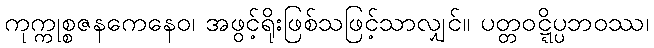
ကုက္ကုစ္စဇနကေနေဝ၊ အဖွင့်ရိုးဖြစ်သဖြင့်သာလျှင်။ ပတ္တဝဋ္ဋိပ္ပဘဝဿ၊